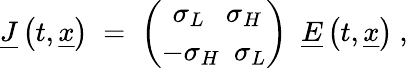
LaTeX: \underline{{{J}}}\left(t,\underline{{{x}}}\right)\; =\; {\binom{~\sigma_{L}~~~\sigma_{H}}{-\sigma_{H}~~\sigma_{L}}}~~\underline{{{E}}}\left(t,\underline{{{x}}}\right)~,